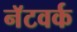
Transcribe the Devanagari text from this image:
नॅटवर्क